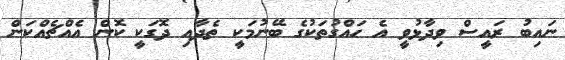
ނައިބު ރައީސް ވިދާޅުވީ އެ ހައްގުތަކުގެ ބޭނުމަކީ ތެދާއި ދޮގަކީ ކޮން އެއްޗެއްކަން